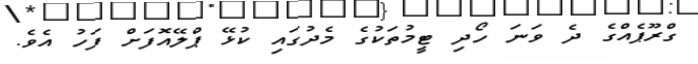
ގްރޫޕެއްގެ ދެ ވަނަ ހޯދި ޓީމުތަކުގެ މެދުގައި ކުޅޭ ޕްލޭއޮފަށް ފަހު އެވެ.